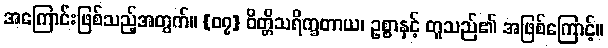
အကြောင်းဖြစ်သည့်အတွက်။ {၀၇} ဝိတ္တိသရိက္ခတာယ၊ ဥစ္စာနှင့် တူသည်၏ အဖြစ်ကြောင့်။